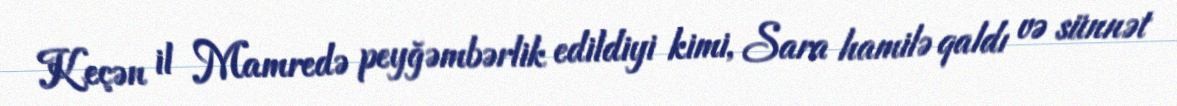
Keçən il Mamredə peyğəmbərlik edildiyi kimi, Sara hamilə qaldı və sünnət